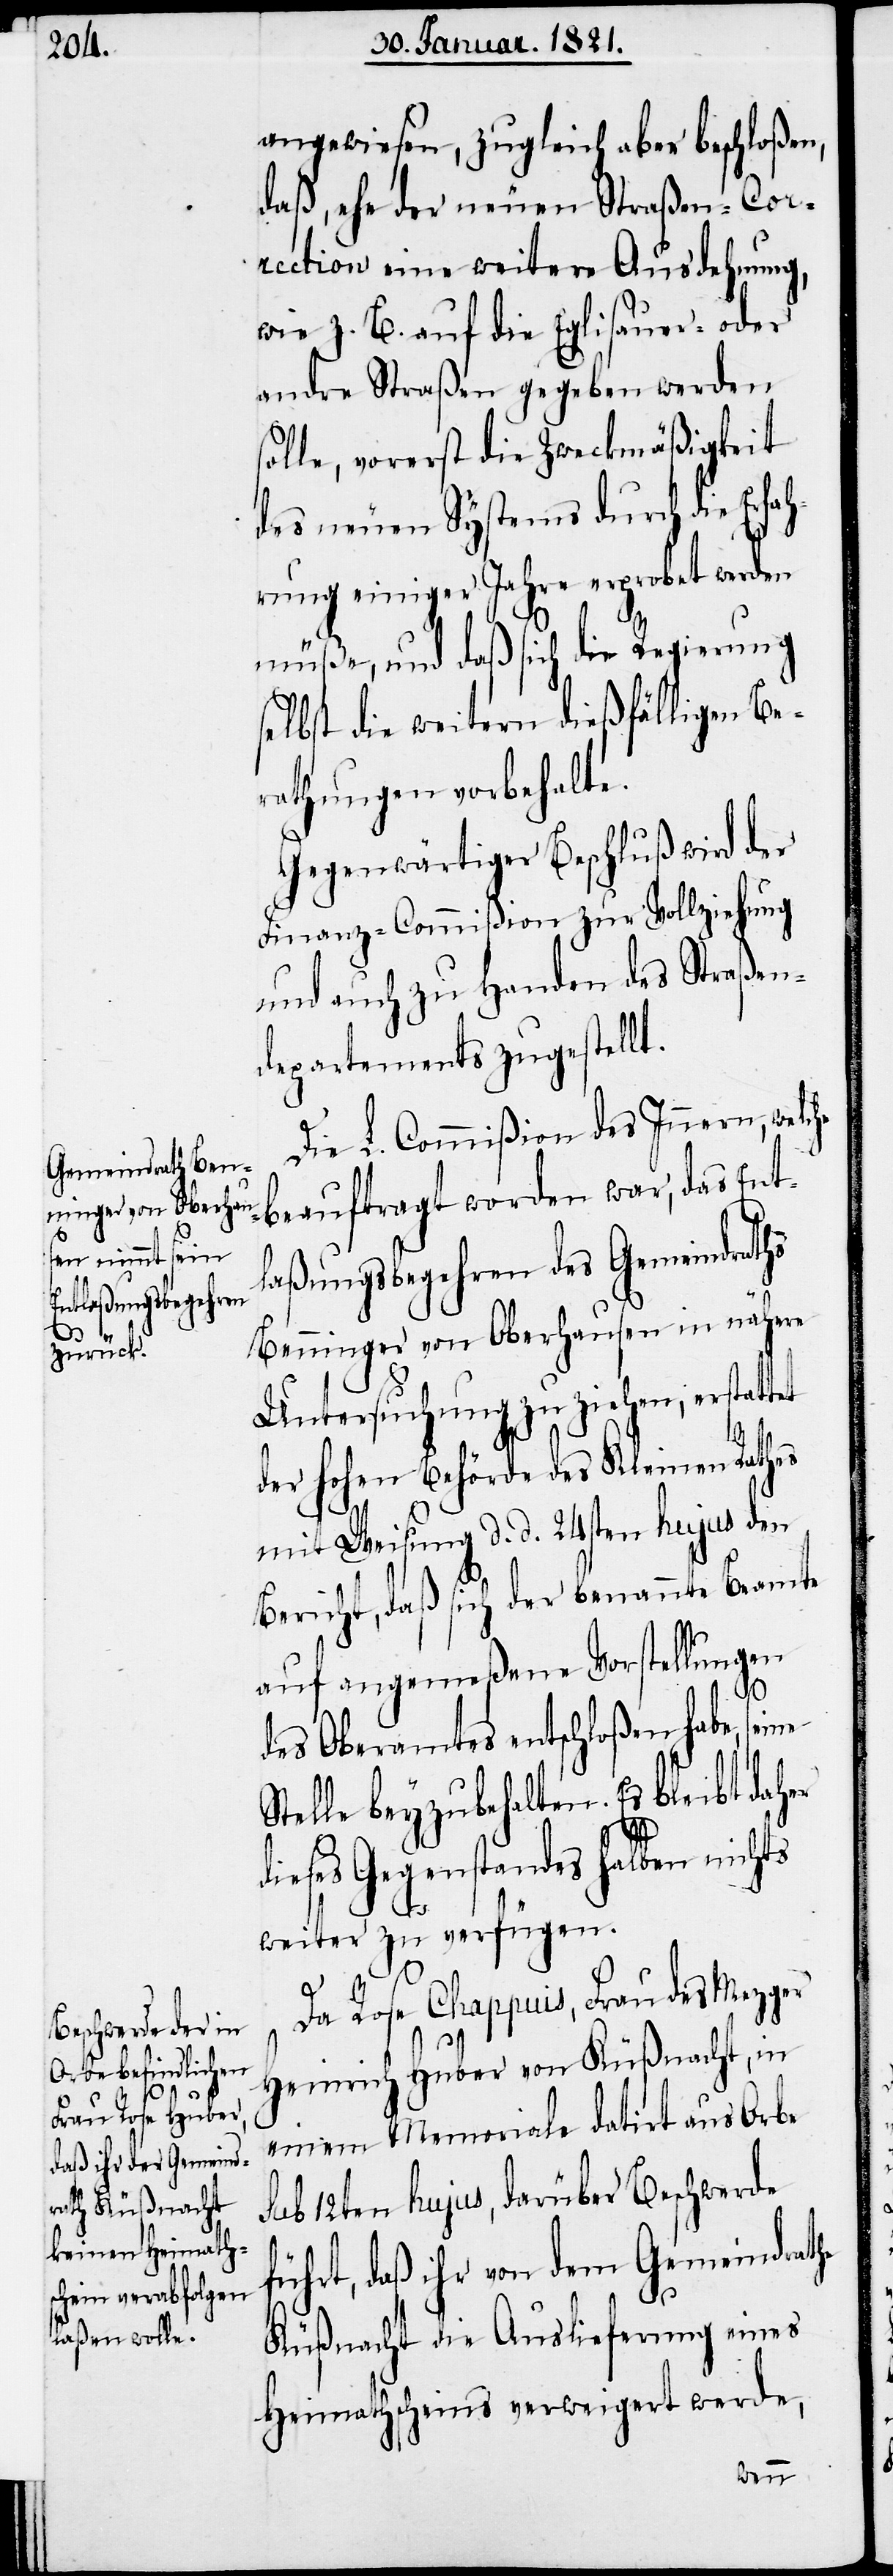
angewiesen, zugleich aber beschloßen,
daß, ehe der neuen Straßen-Cor¬
rection eine weitere Ausdehnung,
wie z. B. auf die Eglisauer- oder
andere Straßen gegeben werden
solle, vorerst die Zweckmäßigkeit
des neuen Systems durch die Erfa¬
hrung einiger Jahre erprobt werden
müße, und daß sich die Regierung
selbst die weitern dießfälligen Be¬
rathungen vorbehalte.
Gegenwärtiger Beschluß wird der
Finanz-Commißion zur Vollziehung
und auch zu Handen des Straßen¬
departements zugestellt.
Die L. Commißion des Innern, welche
beauftragt worden war, das Ent¬
laßungsbegehren des Gemeindraths
Benninger von Oberhausen in nähere
Untersuchung zu ziehen, erstattet
der hohen Behörde des Kleinen Rathes
mit Weisung d. d. 24sten hujus den
er
Bericht, daß sich der benannte Beamte
auf angemeßene Vorstellungen
des Oberamtes entschloßen habe, sei¬
Stelle beyzubehalten. Es bleibt dah¬
dieses Gegenstandes halben nichts
weiter zu verfügen.
Da Rose Chappuis, Frau des Mezger
Heinrich Huber von Küßnacht, in
einem Memoriale datirt aus Orbe
sub 12ten hujus, darüber Beschwerde
führt, daß ihr von dem Gemeindrathe
Küßnacht die Auslieferung eines
Heimathscheins verweigert werde,